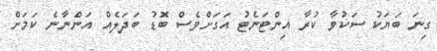
ގިނަ ބަޔަކު ސަކުވާ ކުރާ އިންޓަނެޓު އަގަށްވެސް ބޮޑު ބަދަލެއް އަންނާނެ ކަމަށް